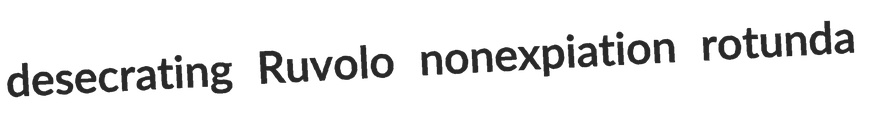
desecrating Ruvolo nonexpiation rotunda